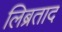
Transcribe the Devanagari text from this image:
लिब्रताद